Annual report of the Imperial Bacteriological Laboratory, Muktesar
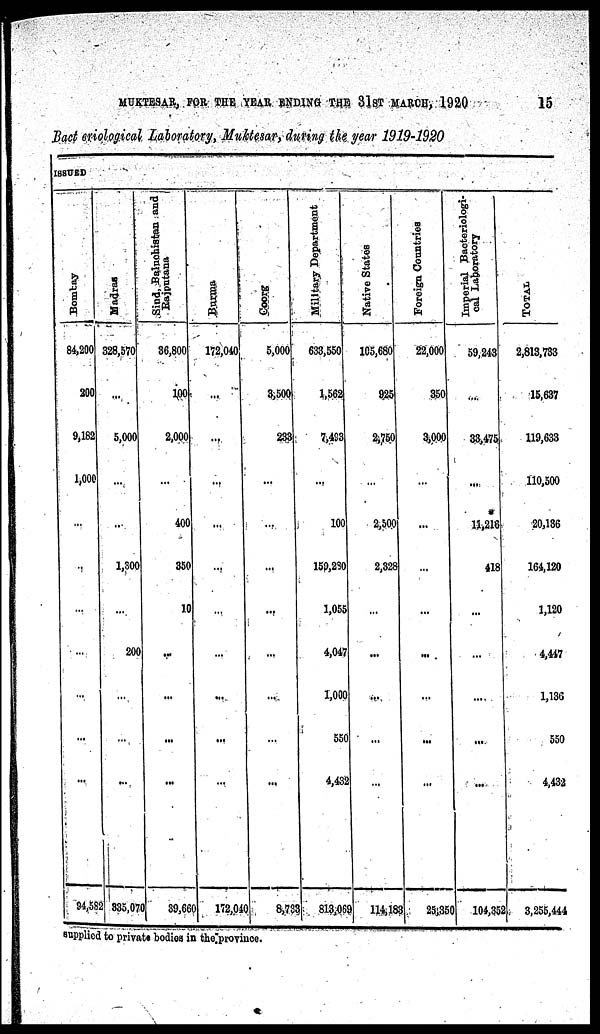
MUKTESAR, FOR THE YEAR ENDING THE 31ST MARCH, 1920
15
Bacteriological Laboratory, Muktesar, during the year 1919-1920
ISSUED
Bombay
84,200
200
9,182
1,000
...
...
...
...
...
94,582
Madras
328,570
...
5,000
...
...
1,300
...
200
...
...
...
335,070
Sind,
Baluchistan and
Rajputana
36,800
100
2,000
...
400
350
10
....
...
...
...
39,660
Burma
172,040
...
....
...
...
...
...
...
...
...
...
172,040
Coorg
5,000
3,500
233
...
...
...
...
...
...
...
...
8,733
Military Department
633,550
1,562
7,493
...
100
159,280
1,055
4,047
1,000
550
4,432
813,069
Native States
105,680
925
2,750
...
2,500
2,328
...
...
...
...
...
114,183
Foreign Countries
22,000
350
3,000
...
...
...
...
...
...
...
...
25,350
Imperial Bacteriologi-
cal Laboratory
59,243
....
33,475
...
*
11,216
418
...
...
...
...
...
104,352
TOTAL
2,813,733
15,637
119,633
110,500
20,136
164,120
1,120
4,447
1,136
550
4,432
3,255,444
supplied to private bodies in the
province.